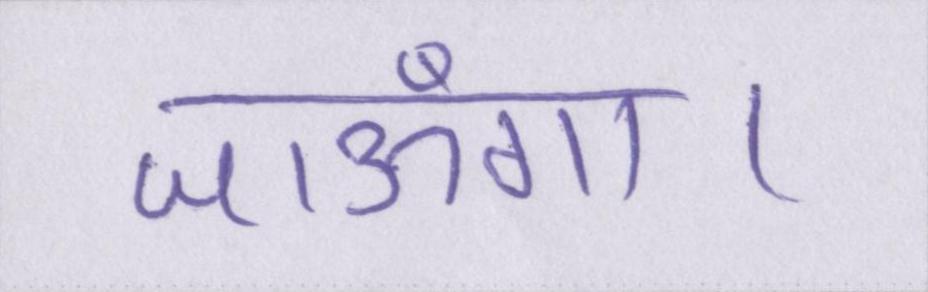
जाऊँगा।